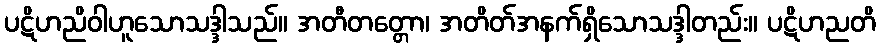
ပဋိဟညိဝါဟူသောသဒ္ဒါသည်။ အတီတတ္တော၊ အတိတ်အနက်ရှိသောသဒ္ဒါတည်း။ ပဋိဟညတိ